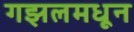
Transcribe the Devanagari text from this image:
गझलमधून